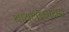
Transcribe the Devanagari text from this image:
थायलकायड